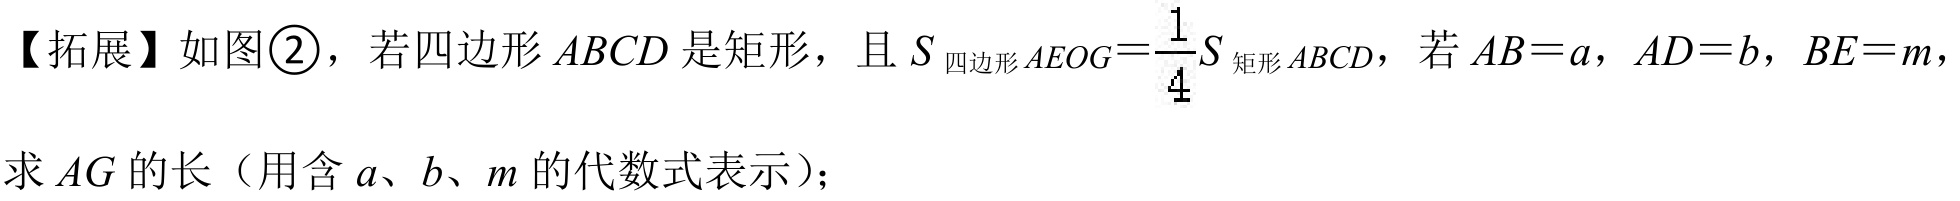
【拓展】如图\textcircled{2}，若四边形\(ABCD\)是矩形，且\(S_{四边形AEOG}=\frac{1}{4}S_{矩形ABCD}\)，若\(AB = a\)，\(AD = b\)，\(BE = m\)，
求\(AG\)的长（用含\(a\)、\(b\)、\(m\)的代数式表示）；